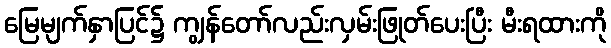
မြေမျက်နှာပြင်၌ ကျွန်တော်လည်းလှမ်းဖြုတ်ပေးပြီး မီးရထားကို